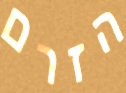
הזרם